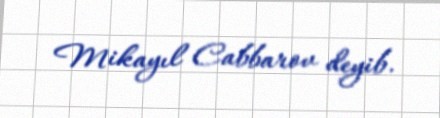
Mikayıl Cabbarov deyib.